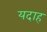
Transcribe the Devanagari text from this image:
यदाह